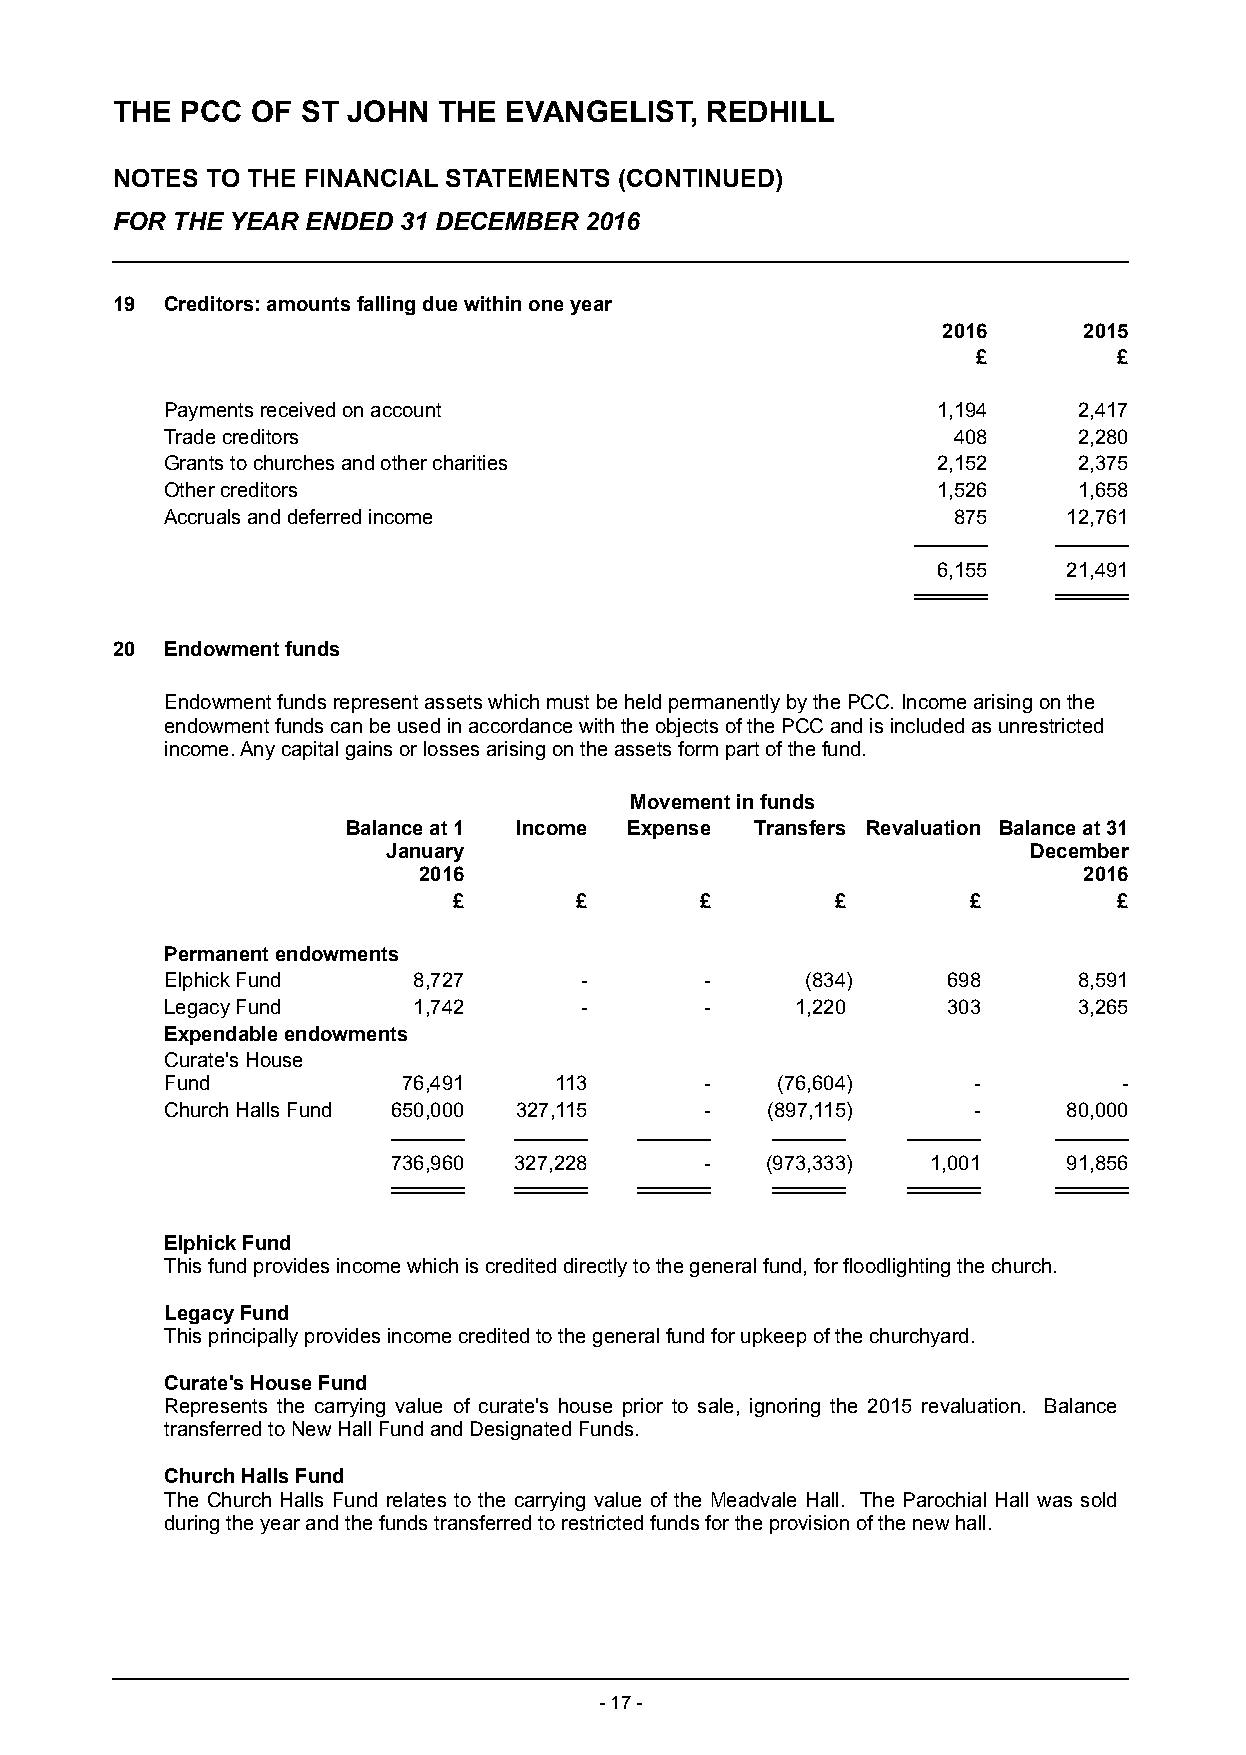
THE  PCC  OF ST JOHN  THE EVANGELIST,   REDHILL
 NOTES  TO THE FINANCIAL STATEMENTS (CONTINUED)
 FOR THE YEAR ENDED 31 DECEMBER  2016
 19  Creditors: amounts falling due within one year
 2016      2015
 £        £
 Payments received on account                       1,194    2,417
 Trade creditors                                     408     2,280
 Grants to churches and other charities             2,152    2,375
 Other creditors                                    1,526    1,658
 Accruals and deferred income                        875     12,761
 6,155    21,491
 20  Endowment funds
 Endowment funds represent assets which must be held permanently by the PCC. Income arising on the
 endowment funds can be used in accordance with the objects of the PCC and is included as unrestricted
 income. Any capital gains or losses arising on the assets form part of the fund.
 Movement in funds
 Balance at 1 Income Expense Transfers Revaluation Balance at 31
 January                                   December
 2016                                        2016
 £       £       £        £        £         £
 Permanent endowments
 Elphick Fund    8,727      -        -     (834)     698     8,591
 Legacy Fund     1,742      -        -     1,220     303     3,265
 Expendable endowments
 Curate's House
 Fund            76,491    113       -   (76,604)     -         -
 Church Halls Fund 650,000 327,115   -   (897,115)    -      80,000
 736,960 327,228      -   (973,333)  1,001    91,856
 Elphick Fund
 This fund provides income which is credited directly to the general fund, for floodlighting the church.
 Legacy Fund
 This principally provides income credited to the general fund for upkeep of the churchyard.
 Curate's House Fund
 Represents the carrying value of curate's house prior to sale, ignoring the 2015 revaluation. Balance
 transferred to New Hall Fund and Designated Funds.
 Church Halls Fund
 The Church Halls Fund relates to the carrying value of the Meadvale Hall. The Parochial Hall was sold
 during the year and the funds transferred to restricted funds for the provision of the new hall.
 - 17 -